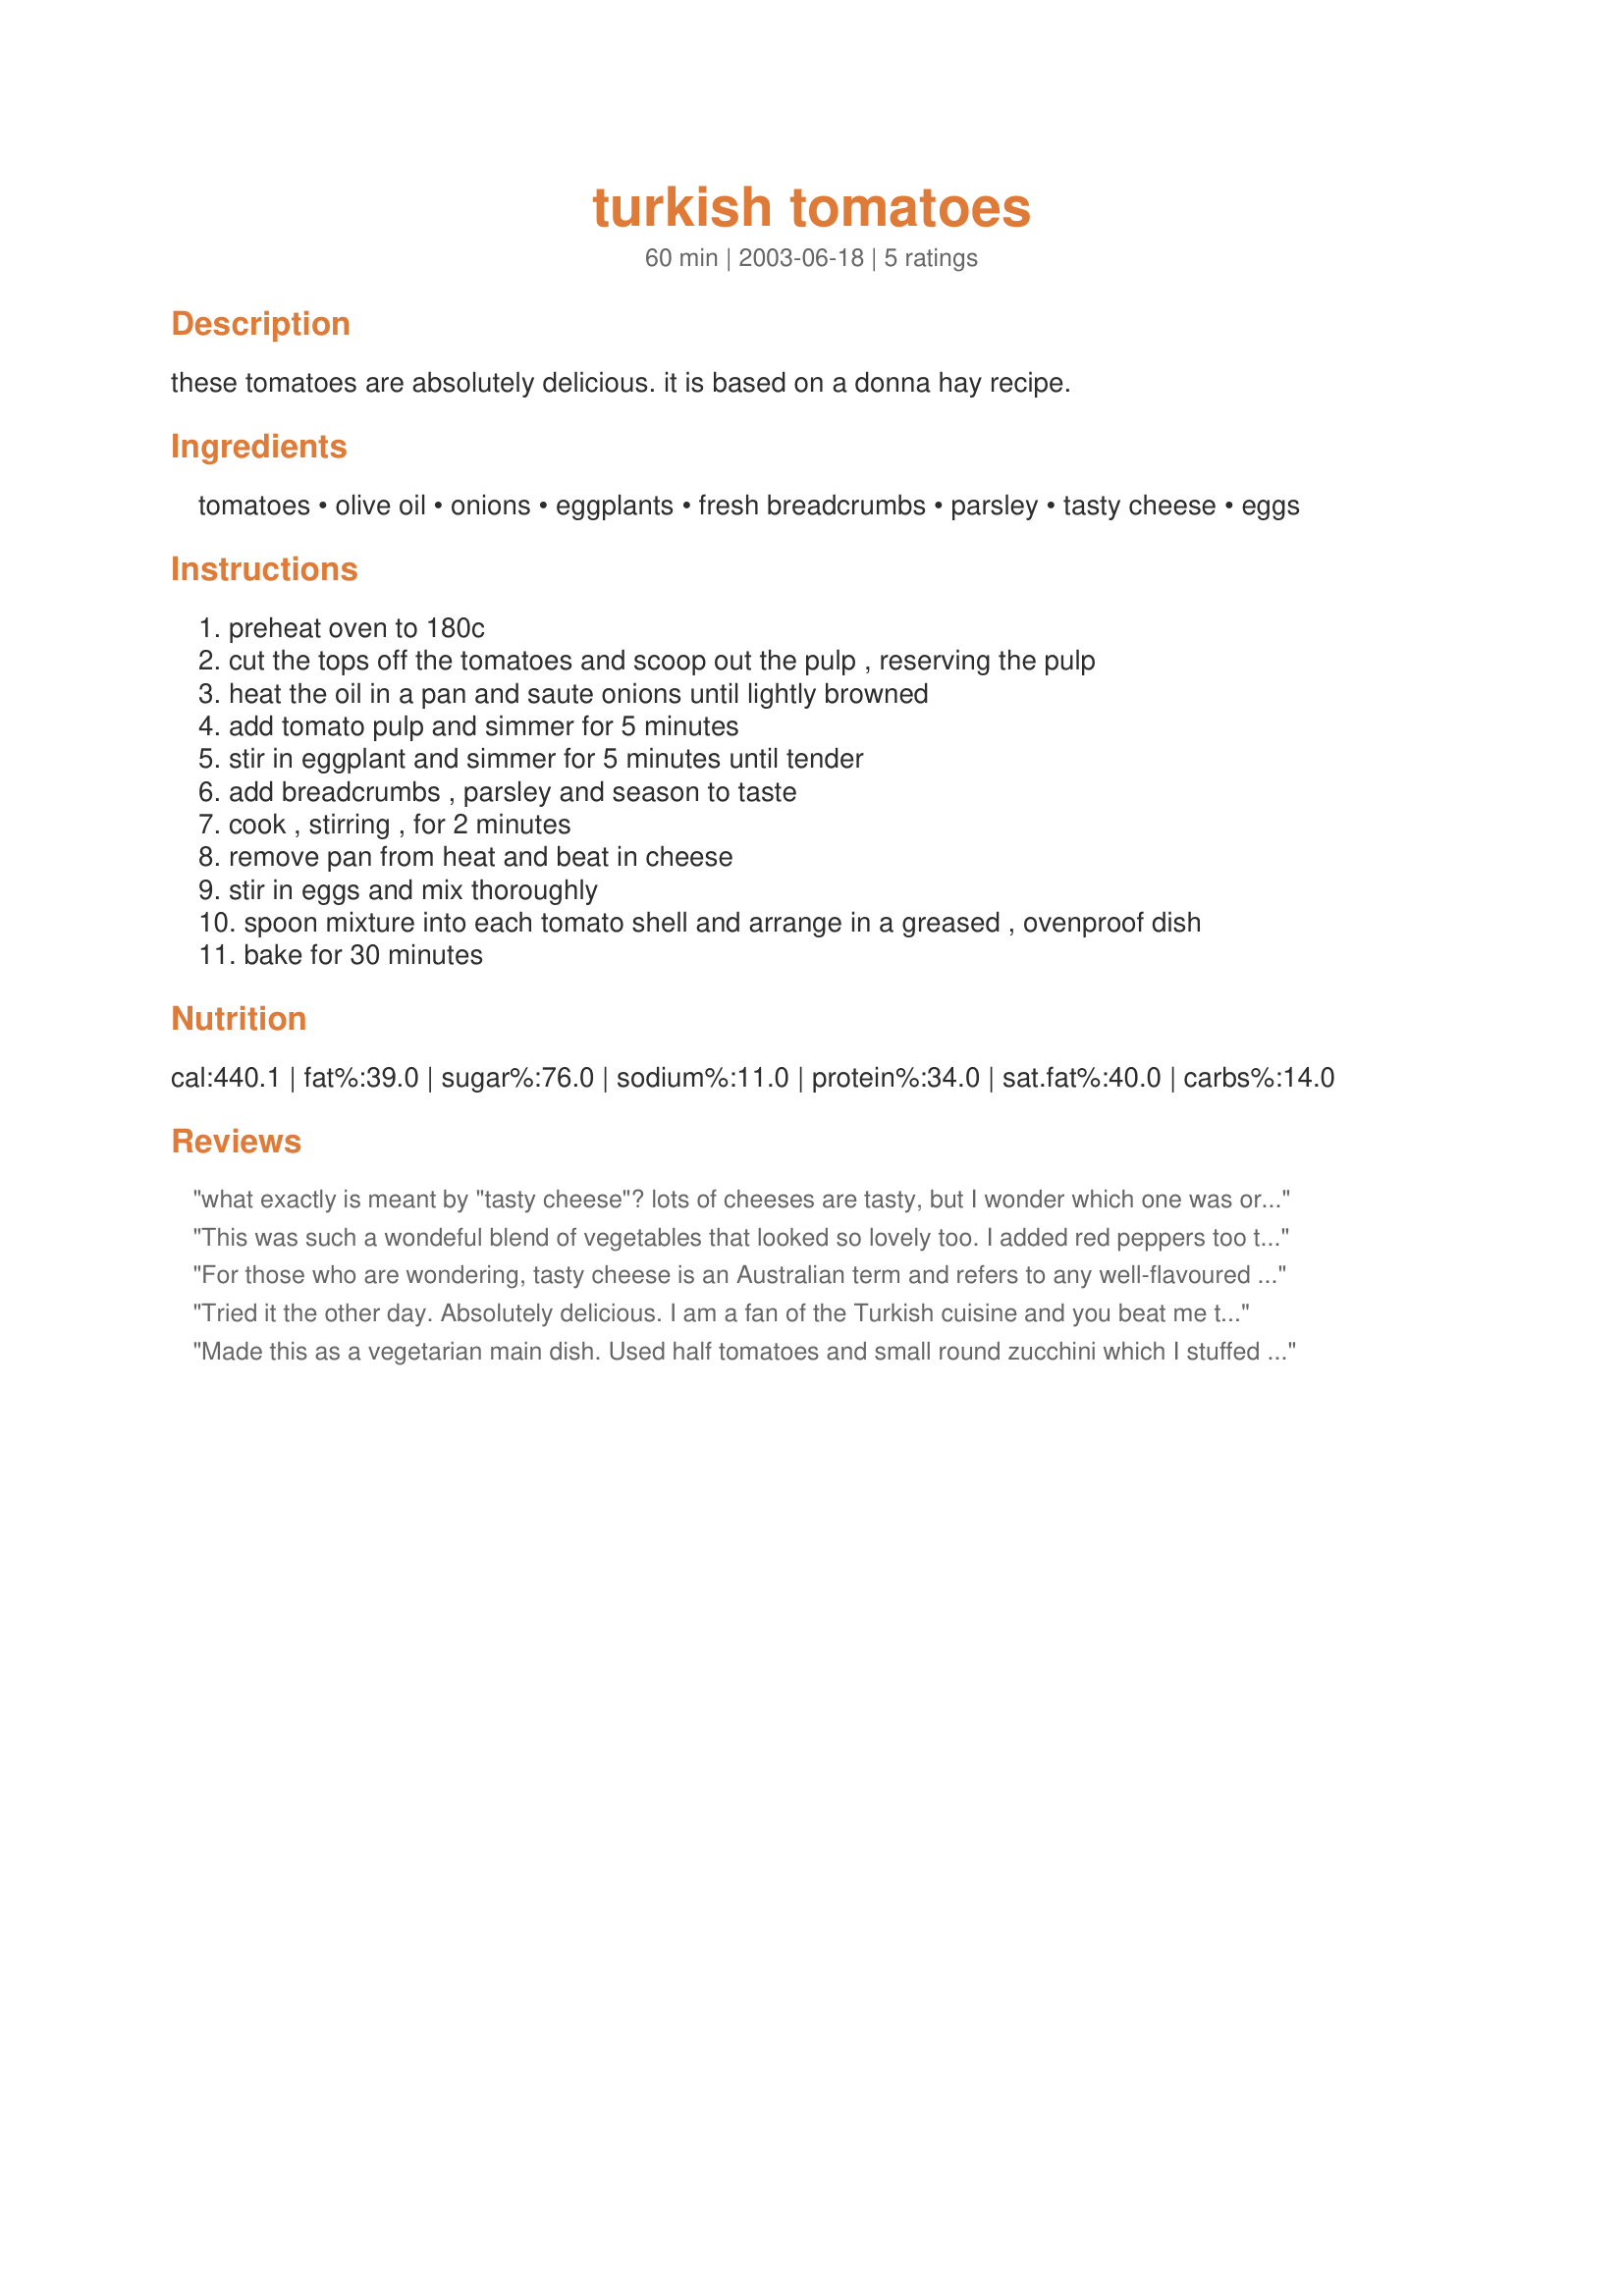
turkish tomatoes
Preparation time: 60 minutes

these tomatoes are absolutely delicious. it is based on a donna hay recipe.

Ingredients:
tomatoes, olive oil, onions, eggplants, fresh breadcrumbs, parsley, tasty cheese, eggs

Steps:
preheat oven to 180c, cut the tops off the tomatoes and scoop out the pulp , reserving the pulp, heat the oil in a pan and saute onions until lightly browned, add tomato pulp and simmer for 5 minutes, stir in eggplant and simmer for 5 minutes until tender, add breadcrumbs , parsley and season to taste, cook , stirring , for 2 minutes, remove pan from heat and beat in cheese, stir in eggs and mix thoroughly, spoon mixture into each tomato shell and arrange in a greased , ovenproof dish, bake for 30 minutes

Reviews:
what exactly is meant by "tasty cheese"? lots of cheeses are tasty, but I wonder which one was originally intended. Any ideas?
This was such a wondeful blend of vegetables that looked so lovely too. I added red peppers too to the mix. Thank you. :) Fay
For those who are wondering, tasty cheese is an Australian term and refers to any well-flavoured or matured cheddar cheese, but I used parmesan as that's what I had on hand. I halved the recipe for a light Saturday night dinner for two. I don't know how 'Turkish' it is, but it's certainly tasty. One hint - it does need plenty of seasoning.
Tried it the other day. Absolutely delicious. I am a fan of the Turkish cuisine and you beat me to it. Thanks.
Made this as a vegetarian main dish. Used half tomatoes and small round zucchini which I stuffed with the mixture. I did add a crushed garlic clove together with the onions.
Served it with rice...delicious!
